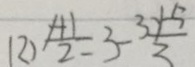
( 2 ) \frac { 1 + 1 } { 2 } = 3 - \frac { 3 y - 5 } { 3 }